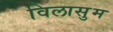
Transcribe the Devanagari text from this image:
विलासुम